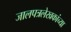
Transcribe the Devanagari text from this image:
जालपत्रलेखकांच्या